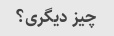
چیز دیگری؟